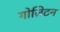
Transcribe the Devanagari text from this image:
गोज़िटन